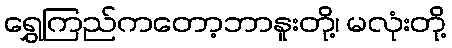
ရွှေကြည်ကတော့ဘာနူးတို့၊ မလုံးတို့